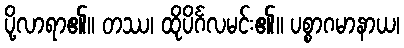
ပို့လာရာ၏။ တဿ၊ ထိုပိင်္ဂလမင်း၏။ ပစ္စာဂမာနာယ၊